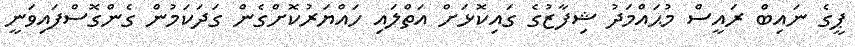
ޕީގެ ނައިބް ރައީސް މުޙައްމަދު ޝިފާޒުގެ ގައިކޮޅަށް އަތްލައި ހައްޔަރުކޮށްގެން ގަދަކަމުން ގެންގޮސްފައިވަނީ